Leaving Certificate, 1896
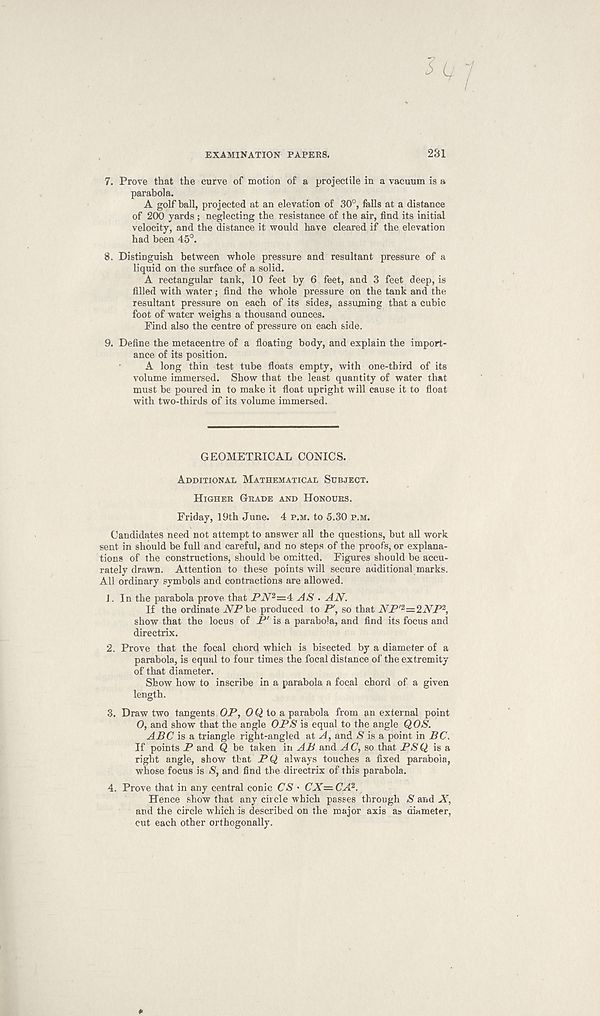
EXAMINATION PAPEKS.
231
7. Prove that the curve of motion of a projectile in a vacuum is a
parabola.
A golf ball, projected at an elevation of 30°, fells at a distance
of 200 yards ; neglecting the resistance of the air, find its initial
velocity, and the distance it would have cleared if the elevation
had been 45°.
8. Distinguish between whole pressure and resultant pressure of a
liquid on the surface of a solid.
A rectangular tank, 10 feet by 6 feet, and 3 feet deep, is
filled with water; find the whole pressure on the tank and the
resultant pressure on each of its sides, assuming that a cubic
foot of water weighs a thousand ounces.
Find also the centre of pressure on each side.
9. Define the metacentre of a floating body, and explain the import-
ance of its position.
A long thin test tube floats empty, with one-third of its
volume immersed. Show that the least quantity of water that
must be poured in to make it float upright will cause it to float
with two-thirds of its volume immersed.
GEOMETRICAL CONICS.
Additional Mathematical Subject.
Higher Grade and Honours.
Friday, 19th June. 4 p.m. to 5.30 p.m.
Candidates need not attempt to answer all the questions, but all work
sent in should be full and careful, and no steps of the proofs, or explana-
tions of the constructions, should be omitted. Figures should be accu-
rately drawn. Attention to these points will secure additional marks.
All ordinary symbols and contractions are allowed.
J. In the parabola prove that PiV 72 =4 AS . AN.
If the ordinate AP be produced to P', so that NP' 2 —2NP 2 ,
show that the locus of P' is a parabola, and find its focus and
directrix.
2. Prove that the focal chord which is bisected by a diameter of a
parabola, is equal to four times the focal distance of the extremity
of that diameter.
Show how to inscribe in a parabola a focal chord of a given
length.
3. Draw two tangents OP, 00 to a parabola from an external point
O, and show that the angle OPS is equal to the angle QOS.
ABC is a triangle right-angled at A, and N is a point in BC.
If points P and Q be taken in AB and A C, so that PS 0 is a
right angle, show that PQ, always touches a fixed parabola,
whose focus is S' , and find the directrix of this parabola.
4. Prove that in any central conic CS • CN= CA 2 .
Hence show that any circle which passes through S and X,
and the circle which is described on the major axis as diameter,
cut each other orthogonally.